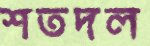
শতদল